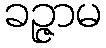
ခဉ္ဇာမ